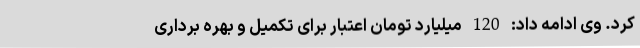
کرد. وی ادامه داد: 120 میلیارد تومان اعتبار برای تکمیل و بهره برداری